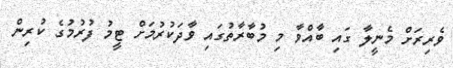
ވެރިރަށް މެނީލާ ގައި ބާއްވާ މި މުބާރާތުގައި ވާދަކުރުމަށް ޓީމު ފުރުމުގެ ކުރިން